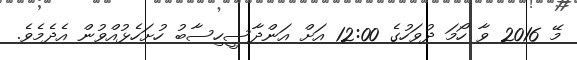
މޭ 2016 ވާ ހޯމަ ދުވަހުގެ 12:00 އަށް އަންދާސީހިސާބު ހުށަހެޅުއްވުން އެދެމެވެ.